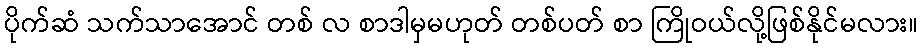
ပိုက်ဆံ သက်သာအောင် တစ် လ စာဒါမှမဟုတ် တစ်ပတ် စာ ကြိုဝယ်လို့ဖြစ်နိုင်မလား။